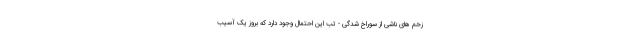
زخم های ناشی از سوراخ شدگی - تب این احتمال وجود دارد که بروز یک آسیب